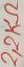
Text: 2,2KΩ